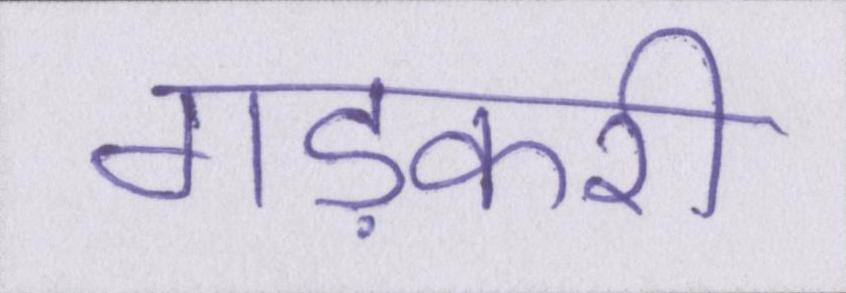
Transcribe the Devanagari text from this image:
गड़करी